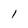
Character: 1